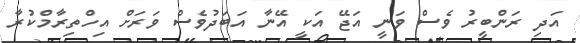
އަދި ރަންބީރު ވެސް ވަނީ އަޖޭ އަކީ އޭނާ އަބަދުވެސް ވަރަށް އިހްތިރާމްކުރާ